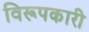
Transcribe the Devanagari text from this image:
विरूपकारी